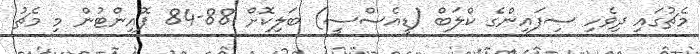
މެޗުގައި ދިވެހި ސިފައިންގެ ކްލަބް (ޑީއެސްސީ) ބަލިކޮށް 88-84 ޕޮއިންޓުން މި މެޗު